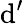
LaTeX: \mathrm{d}^{\prime}